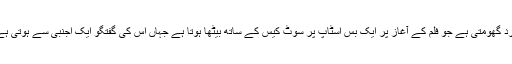
یہ کہانی فوریسٹ گمپ نامی شخص کے گرد گھومتی ہے جو فلم کے آغاز پر ایک بس اسٹاپ پر سوٹ کیس کے ساتھ بیٹھا ہوتا ہے جہاں اس کی گفتگو ایک اجنبی سے ہوتی ہے اور وہ اپنے بچپن کی یادوں کو دہراتا ہے۔